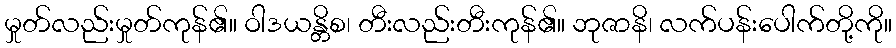
မှုတ်လည်းမှုတ်ကုန်၏။ ဝါဒယန္တိစ၊ တီးလည်းတီးကုန်၏။ ဘုဇာနိ၊ လက်ပန်းပေါက်တို့ကို။